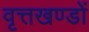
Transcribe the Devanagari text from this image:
वृत्तखण्डों